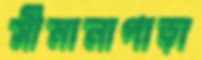
সীমানাপাড়া